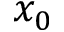
x _ { 0 }